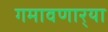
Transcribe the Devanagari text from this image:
गमावणार्‍या